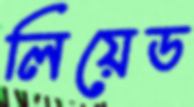
লিয়েড